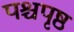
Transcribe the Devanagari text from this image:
पश्चपृष्ठ